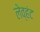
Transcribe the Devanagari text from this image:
लेव्हंट